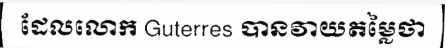
ដែលលោក Guterres បានវាយតម្លៃថា